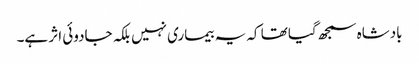
بادشاہ سمجھ گیا تھا کہ یہ بیماری نہیں بلکہ جادوئی اثر ہے۔